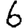
Digit: 6